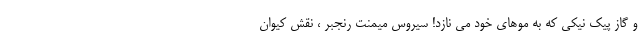
و گاز پیک نیکی که به موهای خود می نازد! سیروس میمنت رنجبر ، نقش کیوان